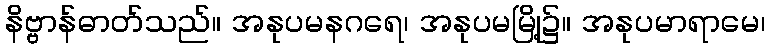
နိဗ္ဗာန်ဓာတ်သည်။ အနုပမနဂရေ၊ အနုပမမြို့၌။ အနုပမာရာမေ၊